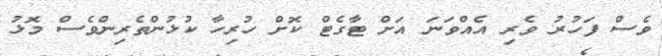
ވެސް ފަހުރު ވެރި އެއްވަނަ އަށް ޓާގެޓް ކޮށް ހުރިހާ ކުޅުންތެރިންވެސް މޮޅު